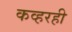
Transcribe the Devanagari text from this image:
कव्हरही